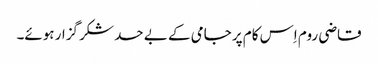
قاضی روم اِس کام پر جامی کے بے حد شکر گزار ہوئے۔